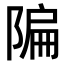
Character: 𫕌